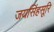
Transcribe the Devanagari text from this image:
जयसिंहसूरि